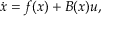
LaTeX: { \dot { x } } = f ( x ) + B ( x ) u ,